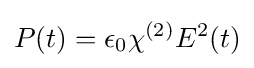
P(t)=\epsilon _{0}\chi ^{(2)}E^{2}(t)